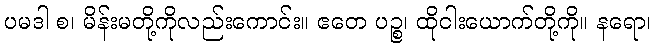
ပမဒါ စ၊ မိန်းမတို့ကိုလည်းကောင်း။ ဧတေ ပဉ္စ၊ ထိုငါးယောက်တို့ကို။ နရော၊